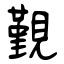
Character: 覲